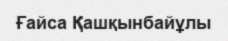
Ғайса Қашқынбайұлы